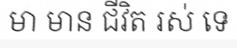
មា មាន ជីវិត រស់ ទេ